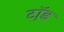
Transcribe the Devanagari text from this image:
टॉ़ड